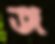
জ